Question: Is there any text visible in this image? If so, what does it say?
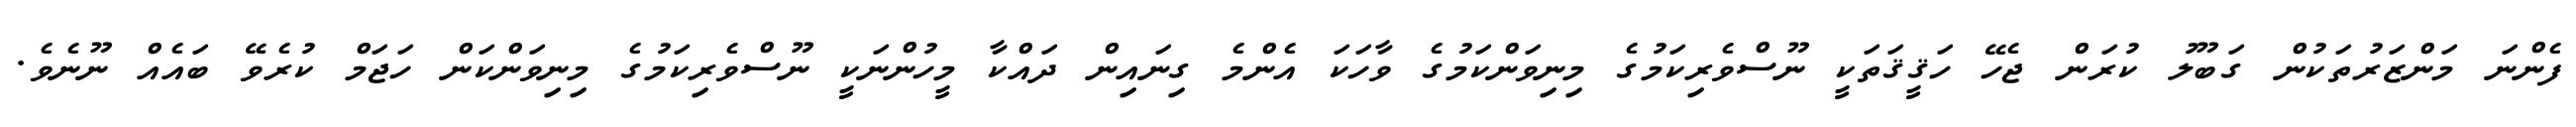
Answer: ފެންނަ މަންޒަރުތަކުން ގަބޫލު ކުރަން ޖެހޭ ހަޤީޤަތަކީ ނޫސްވެރިކަމުގެ މިނިވަންކަމުގެ ވާހަކަ އެންމެ ގިނައިން ދައްކާ މީހުންނަކީ ނޫސްވެރިކަމުގެ މިނިވަންކަން ހަޖަމް ކުރެވޭ ބައެއް ނޫނެވެ.